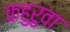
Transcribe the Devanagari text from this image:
कहुरुवा